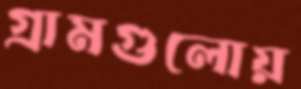
গ্রামগুলোয়